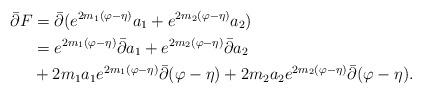
LaTeX: \begin{align*}\bar\partial F&=\bar\partial(e^{2m_{1}(\varphi-\eta)}a_{1}+e^{2m_{2}(\varphi-\eta)}a_{2})\\&=e^{2m_{1}(\varphi-\eta)}\bar\partial a_{1}+e^{2m_{2}(\varphi-\eta)}\bar\partial a_{2}\\&+2m_{1}a_{1}e^{2m_{1}(\varphi-\eta)}\bar\partial (\varphi-\eta)+2m_{2}a_{2}e^{2m_{2}(\varphi-\eta)}\bar\partial (\varphi-\eta).\\\end{align*}